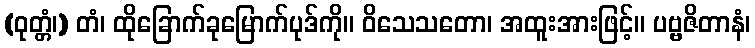
(ဝုတ္တံ၊) တံ၊ ထိုခြောက်ခုမြောက်ပုဒ်ကို။ ဝိသေသတော၊ အထူးအားဖြင့်။ ပဗ္ဗဇိတာနံ၊